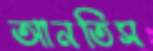
আনতিস